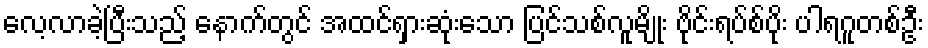
လေ့လာခဲ့ပြီးသည့် နောက်တွင် အထင်ရှားဆုံးသော ပြင်သစ်လူမျိုး ဗိုင်းရပ်စ်ပိုး ပါရဂူတစ်ဦး